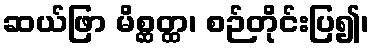
ဆယ်ဖြာ မိစ္ဆတ္ထ၊ စဉ်တိုင်းပြ၍၊